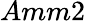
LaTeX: Amm2